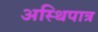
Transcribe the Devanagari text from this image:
अस्थिपात्र